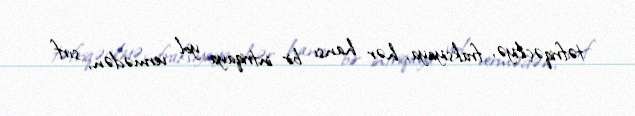
təfriqəçiliyə, fraksiyaya, hər hansı bir intriqaya yol vermədən, sırf